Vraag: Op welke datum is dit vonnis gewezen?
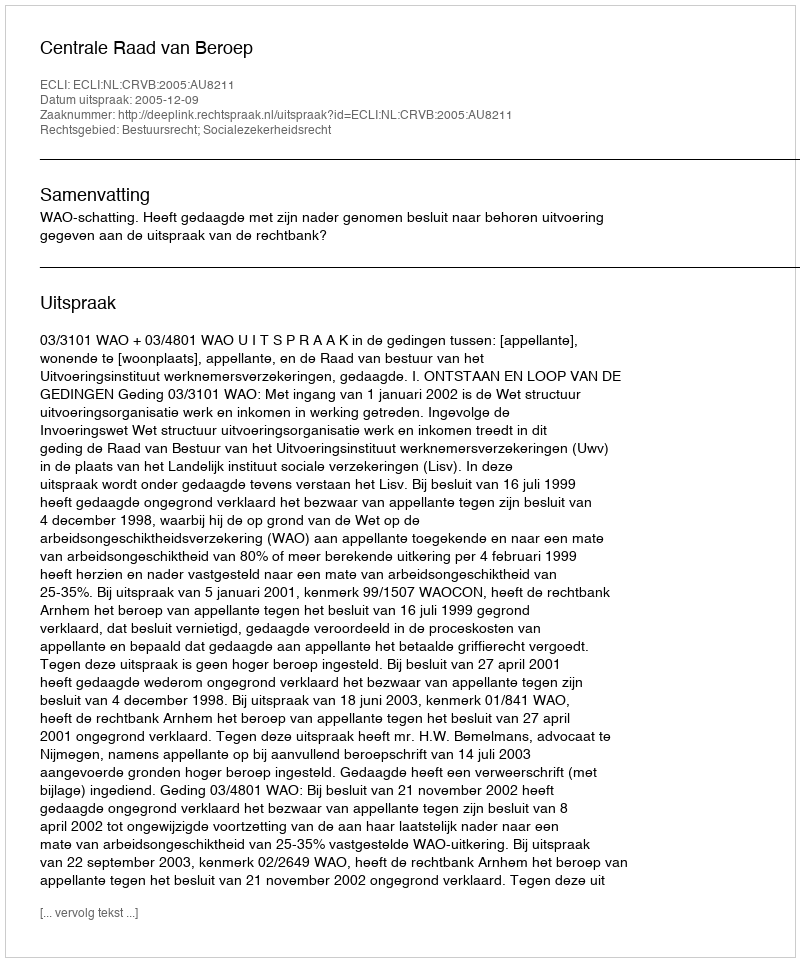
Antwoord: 2005-12-09